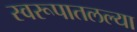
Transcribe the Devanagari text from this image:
स्वरूपातलल्या